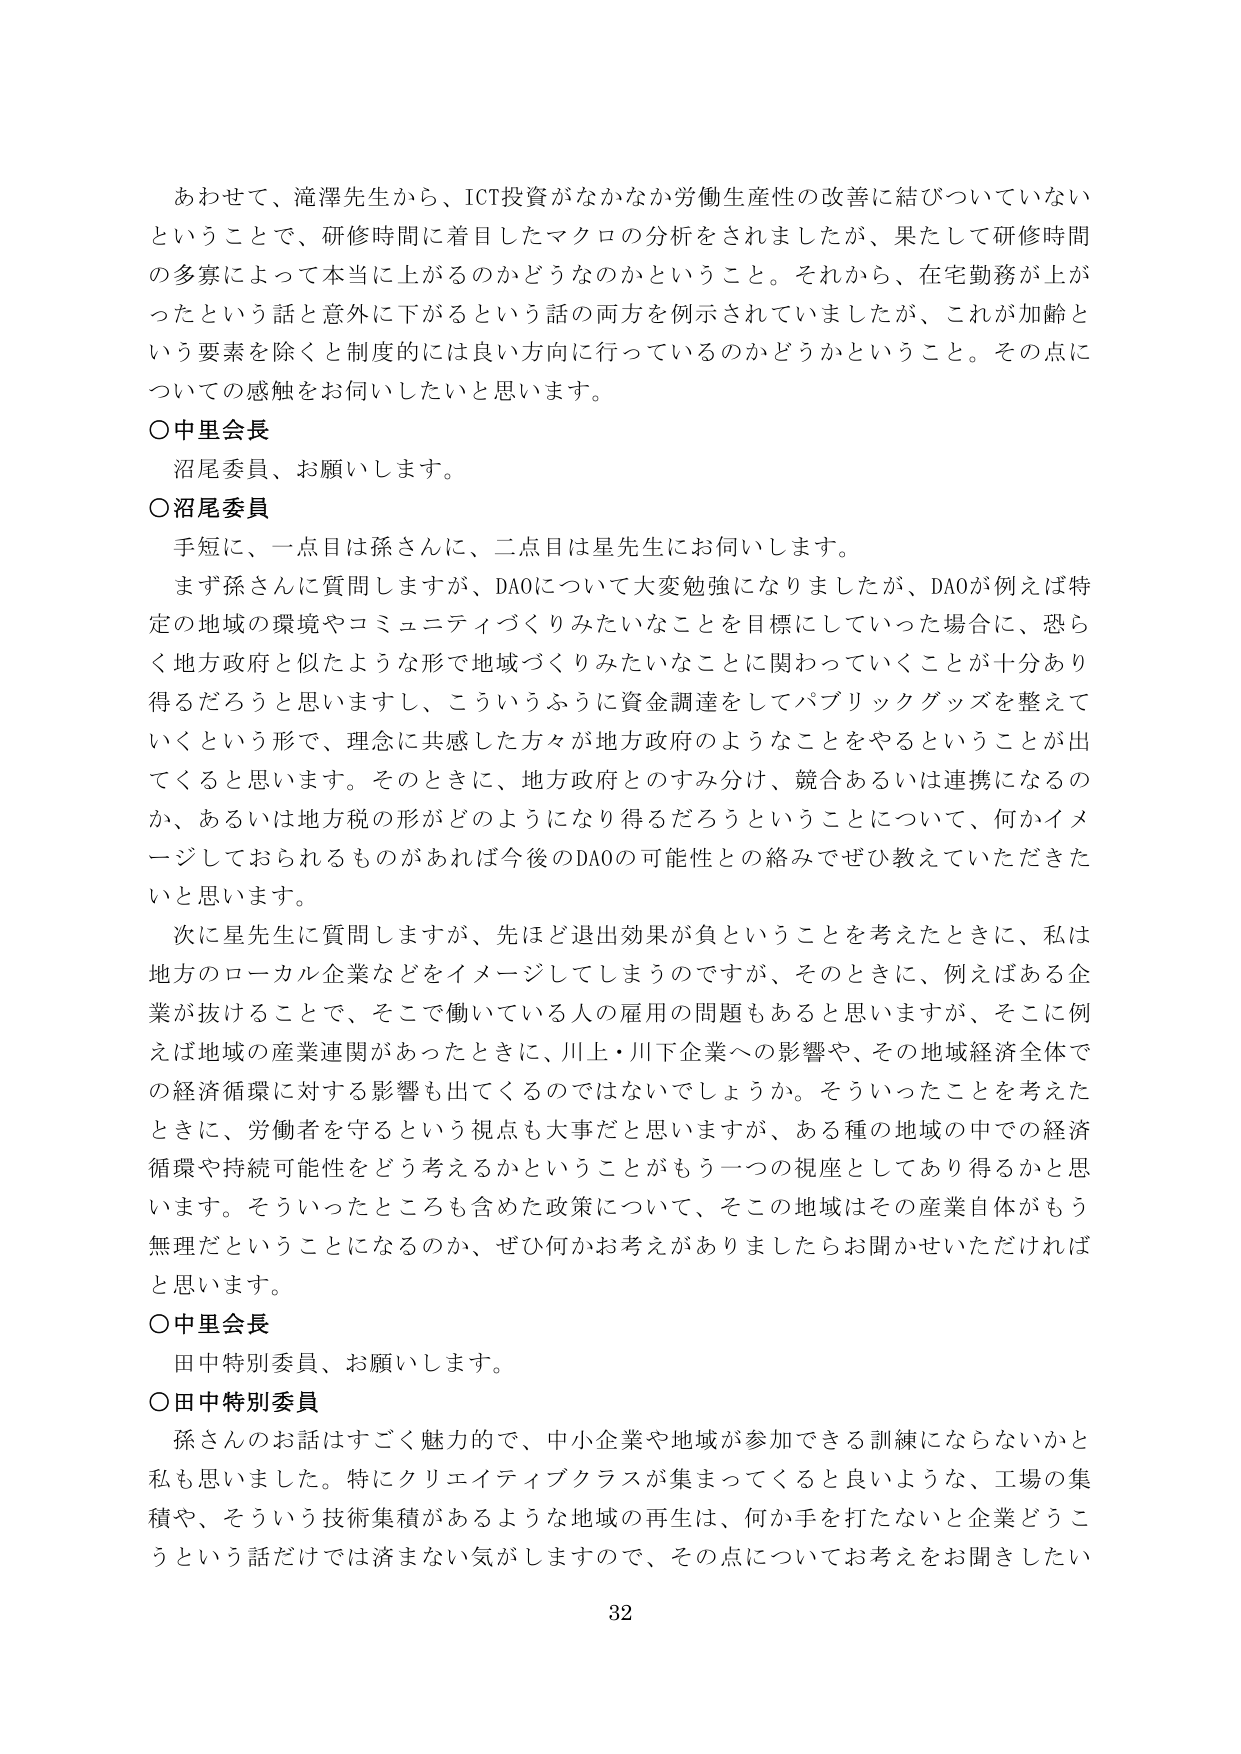
あわせて、滝澤先生から、ICT投資がなかなか労働生産性の改善に結びついていないということで、研修時間に着目したマクロの分析をされましたが、果たして研修時間の多寡によって本当に上がるのかどうなのかということ。それから、在宅勤務が上がったという話と意外に下がるという話の両方を例示されていましたが、これが加齢という要素を除くと制度的には良い方向に行っているのかどうかということ。その点についての感触をお伺いしたいと思います。

○中里会長
沼尾委員、お願いします。

○沼尾委員
手短に、一点目は孫さんに、二点目は星先生にお伺いします。
まず孫さんに質問しますが、DAOについて大変勉強になりましたが、DAOが例えば特定の地域の環境やコミュニティづくりみたいなことを目標にしていった場合に、恐らく地方政府と似たような形で地域づくりみたいなことに関わっていくことが十分あり得るだろうと思いますし、こういうふうに資金調達をしてパブリックグッズを整えていくという形で、理念に共感した方々が地方政府のようなことをやるということが出てくると思います。そのときに、地方政府とのすみ分け、競合あるいは連携になるのか、あるいは地方税の形がどのようになり得るだろうということについて、何かイメージしておられるものがあれば今後のDAOの可能性との絡みでぜひ教えていただきたいと思います。
次に星先生に質問しますが、先ほど退出効果が負ということを考えたときに、私は地方のローカル企業などをイメージしてしまうのですが、そのときに、例えばある企業が抜けることで、そこで働いている人の雇用の問題もあると思いますが、そこに例えば地域の産業連関があったときに、川上・川下企業への影響や、その地域経済全体での経済循環に対する影響も出てくるのではないでしょうか。そういったことを考えたときに、労働者を守るという視点も大事だと思いますが、ある種の地域の中での経済循環や持続可能性をどう考えるかということがもう一つの視座としてあり得るかと思います。そういったところも含めた政策について、そこの地域はその産業自体がもう無理だということになるのか、ぜひ何かお考えがありましたらお聞かせいただければと思います。

○中里会長
田中特別委員、お願いします。

○田中特別委員
孫さんのお話はすごく魅力的で、中小企業や地域が参加できる訓練にならないかと私も思いました。特にクリエイティブクラスが集まってくると良いような、工場の集積や、そういう技術集積があるような地域の再生は、何か手を打たないと企業どうこうという話だけでは済まない気がしますので、その点についてお考えをお聞きしたい

32